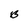
Character: B